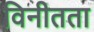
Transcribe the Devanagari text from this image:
विनीतता